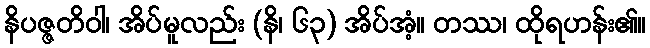
နိပဇ္ဇတိဝါ၊ အိပ်မူလည်း (နိ၊ ၆၃) အိပ်အံ့။ တဿ၊ ထိုရဟန်း၏။